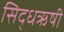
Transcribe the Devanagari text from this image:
सिद्धऋषी